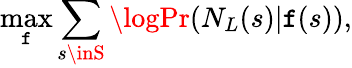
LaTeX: \operatorname*{max}_{\mathtt{f}}\sum_{s\inS}\logPr(N_{L}(s)|\mathtt{f}(s)),